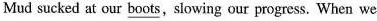
Mud sucked at our \underline{boots},slowing our progress. When we